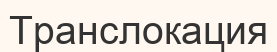
Транслокация